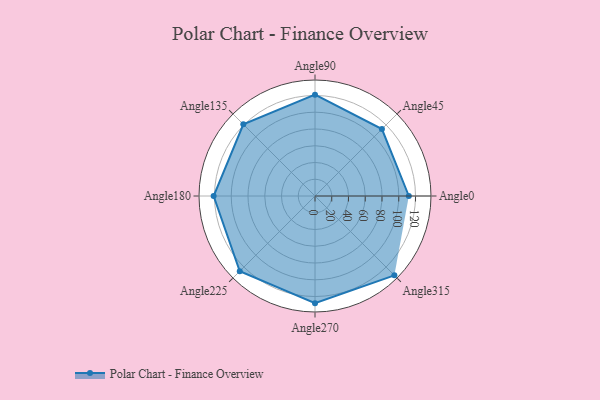
{"axis": {"x": "Angle", "y": "Radius"}, "legend": [""], "data": [{"x": "Angle0", "y": 112.0, "type": ""}, {"x": "Angle45", "y": 113.0, "type": ""}, {"x": "Angle90", "y": 121.0, "type": ""}, {"x": "Angle135", "y": 121.0, "type": ""}, {"x": "Angle180", "y": 121.0, "type": ""}, {"x": "Angle225", "y": 127.0, "type": ""}, {"x": "Angle270", "y": 128.0, "type": ""}, {"x": "Angle315", "y": 134.0, "type": ""}]}